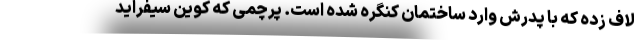
لاف زده که با پدرش وارد ساختمان کنگره شده است. پرچمی که کوین سیفراید